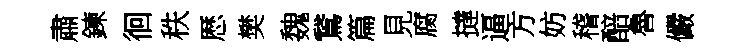
肅鍊徊秩厯樊魏鵞篇見腐撻逼方妨稽醅魯儼